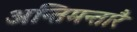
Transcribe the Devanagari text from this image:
अन्तिमन्तारै